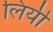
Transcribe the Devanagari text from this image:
लियी